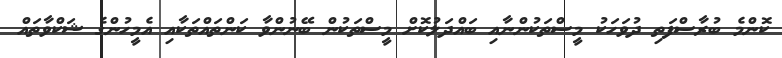
ކޮންމެ ބުރާސްފަތި ދުވަހަކު މީސްތަކުންނާއި ބައްދަލުކޮށް މީސްތަކުން ބޭނުންވާ ކަންތައްތަކާއި އެމީހުންގެ ޝަކްވާތައް